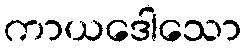
ကာယဒေါသော